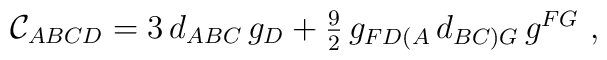
{\cal C}_{ABCD}=3\,d_{ABC}\,g_D+\textstyle{\frac{9}{2}} \,g _{FD(A}\,d_{BC)G}\,g^{FG}\ ,